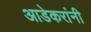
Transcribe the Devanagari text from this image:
आडेकरांनी